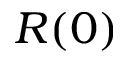
R ( 0 )